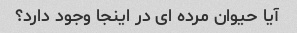
آیا حیوان مرده ای در اینجا وجود دارد؟